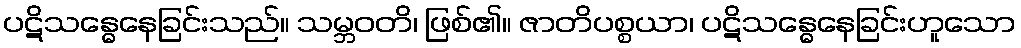
ပဋိသန္ဓေနေခြင်းသည်။ သမ္ဘဝတိ၊ ဖြစ်၏။ ဇာတိပစ္စယာ၊ ပဋိသန္ဓေနေခြင်းဟူသော